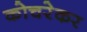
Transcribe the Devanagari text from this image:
कोचरेकर